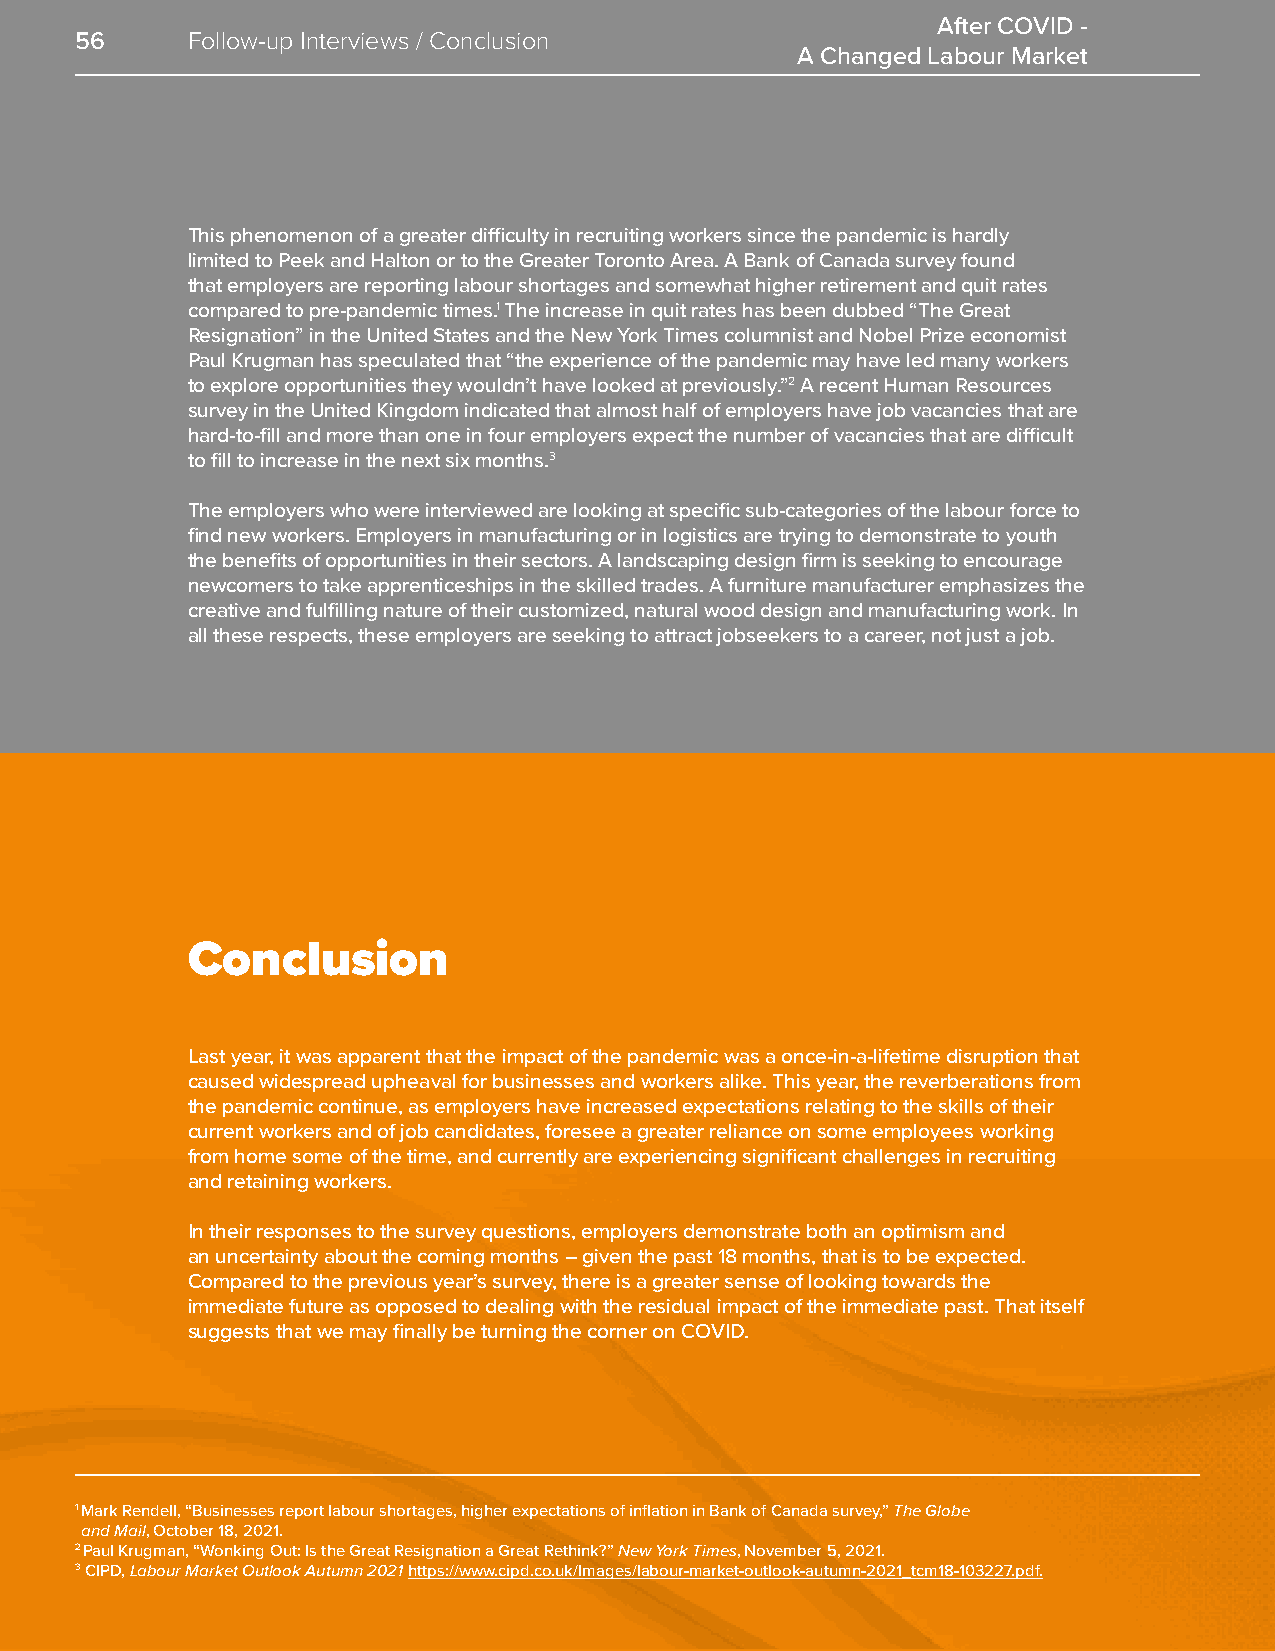
After COVID -
 56     Follow-up Interviews / Conclusion
 A Changed Labour Market
 This phenomenon of a greater difficulty in recruiting workers since the pandemic is hardly
 limited to Peek and Halton or to the Greater Toronto Area. A Bank of Canada survey found
 that employers are reporting labour shortages and somewhat higher retirement and quit rates
 compared to pre-pandemic times.1 The increase in quit rates has been dubbed “The Great
 Resignation” in the United States and the New York Times columnist and Nobel Prize economist
 Paul Krugman has speculated that “the experience of the pandemic may have led many workers
 to explore opportunities they wouldn’t have looked at previously.”2 A recent Human Resources
 survey in the United Kingdom indicated that almost half of employers have job vacancies that are
 hard-to-fill and more than one in four employers expect the number of vacancies that are difficult
 to fill to increase in the next six months.3
 The employers who were interviewed are looking at specific sub-categories of the labour force to
 find new workers. Employers in manufacturing or in logistics are trying to demonstrate to youth
 the benefits of opportunities in their sectors. A landscaping design firm is seeking to encourage
 newcomers to take apprenticeships in the skilled trades. A furniture manufacturer emphasizes the
 creative and fulfilling nature of their customized, natural wood design and manufacturing work. In
 all these respects, these employers are seeking to attract jobseekers to a career, not just a job.
 Conclusion
 Last year, it was apparent that the impact of the pandemic was a once-in-a-lifetime disruption that
 caused widespread upheaval for businesses and workers alike. This year, the reverberations from
 the pandemic continue, as employers have increased expectations relating to the skills of their
 current workers and of job candidates, foresee a greater reliance on some employees working
 from home some of the time, and currently are experiencing significant challenges in recruiting
 and retaining workers.
 In their responses to the survey questions, employers demonstrate both an optimism and
 an uncertainty about the coming months – given the past 18 months, that is to be expected.
 Compared to the previous year’s survey, there is a greater sense of looking towards the
 immediate future as opposed to dealing with the residual impact of the immediate past. That itself
 suggests that we may finally be turning the corner on COVID.
 1 Mark Rendell, “Businesses report labour shortages, higher expectations of inflation in Bank of Canada survey,” The Globe
 and Mail, October 18, 2021.
 2 Paul Krugman, “Wonking Out: Is the Great Resignation a Great Rethink?” New York Times, November 5, 2021.
 3 CIPD, Labour Market Outlook Autumn 2021 https://www.cipd.co.uk/Images/labour-market-outlook-autumn-2021_tcm18-103227.pdf.